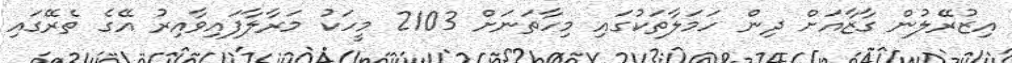
އިޒުރޭލުން ގާޒާއަށް ދިން ހަމަލާތަކުގައި މިހާތަނަށް 2103 މީހަކު މަރާލާފައިވާއިރު އޭގެ ތެރޭގައި